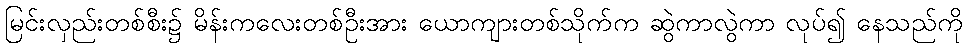
မြင်းလှည်းတစ်စီး၌ မိန်းကလေးတစ်ဦးအား ယောကျားတစ်သိုက်က ဆွဲကာလွဲကာ လုပ်၍ နေသည်ကို